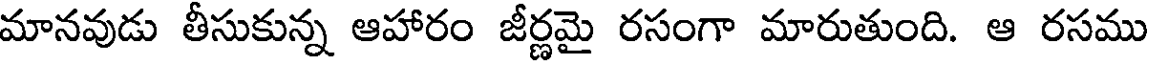
మానవుడు తీసుకున్న ఆహారం జీర్ణమై రసంగా మారుతుంది. ఆ రసము